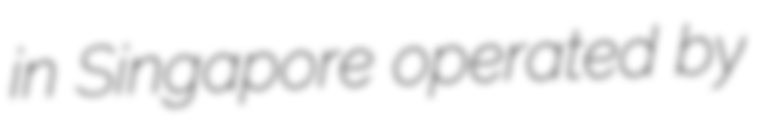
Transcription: in Singapore operated by